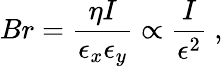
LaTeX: Br=\frac{\eta I}{\epsilon_{x}\epsilon_{y}}\propto\frac{I}{\epsilon^{2}}\ ,